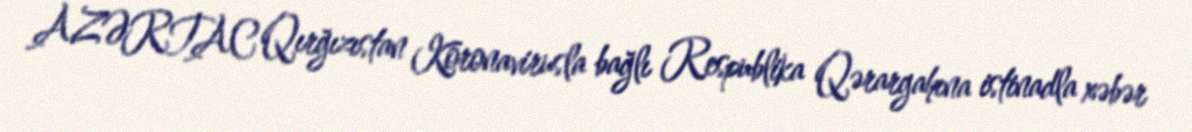
AZƏRTAC Qırğızıstan Koronavirusla bağlı Respublika Qərargahına istinadla xəbər